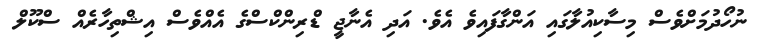
ނުހޯދުމަށްވެސް މިސާކިއުލާގައި އަންގާފައިވެ އެވެ. އަދި އެނާޖީ ޑްރިންކްސްގެ އެއްވެސް އިޝްތިހާރެއް ސްކޫލް